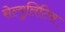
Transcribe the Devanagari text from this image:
सेल्युलिटिस